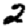
Digit: 2